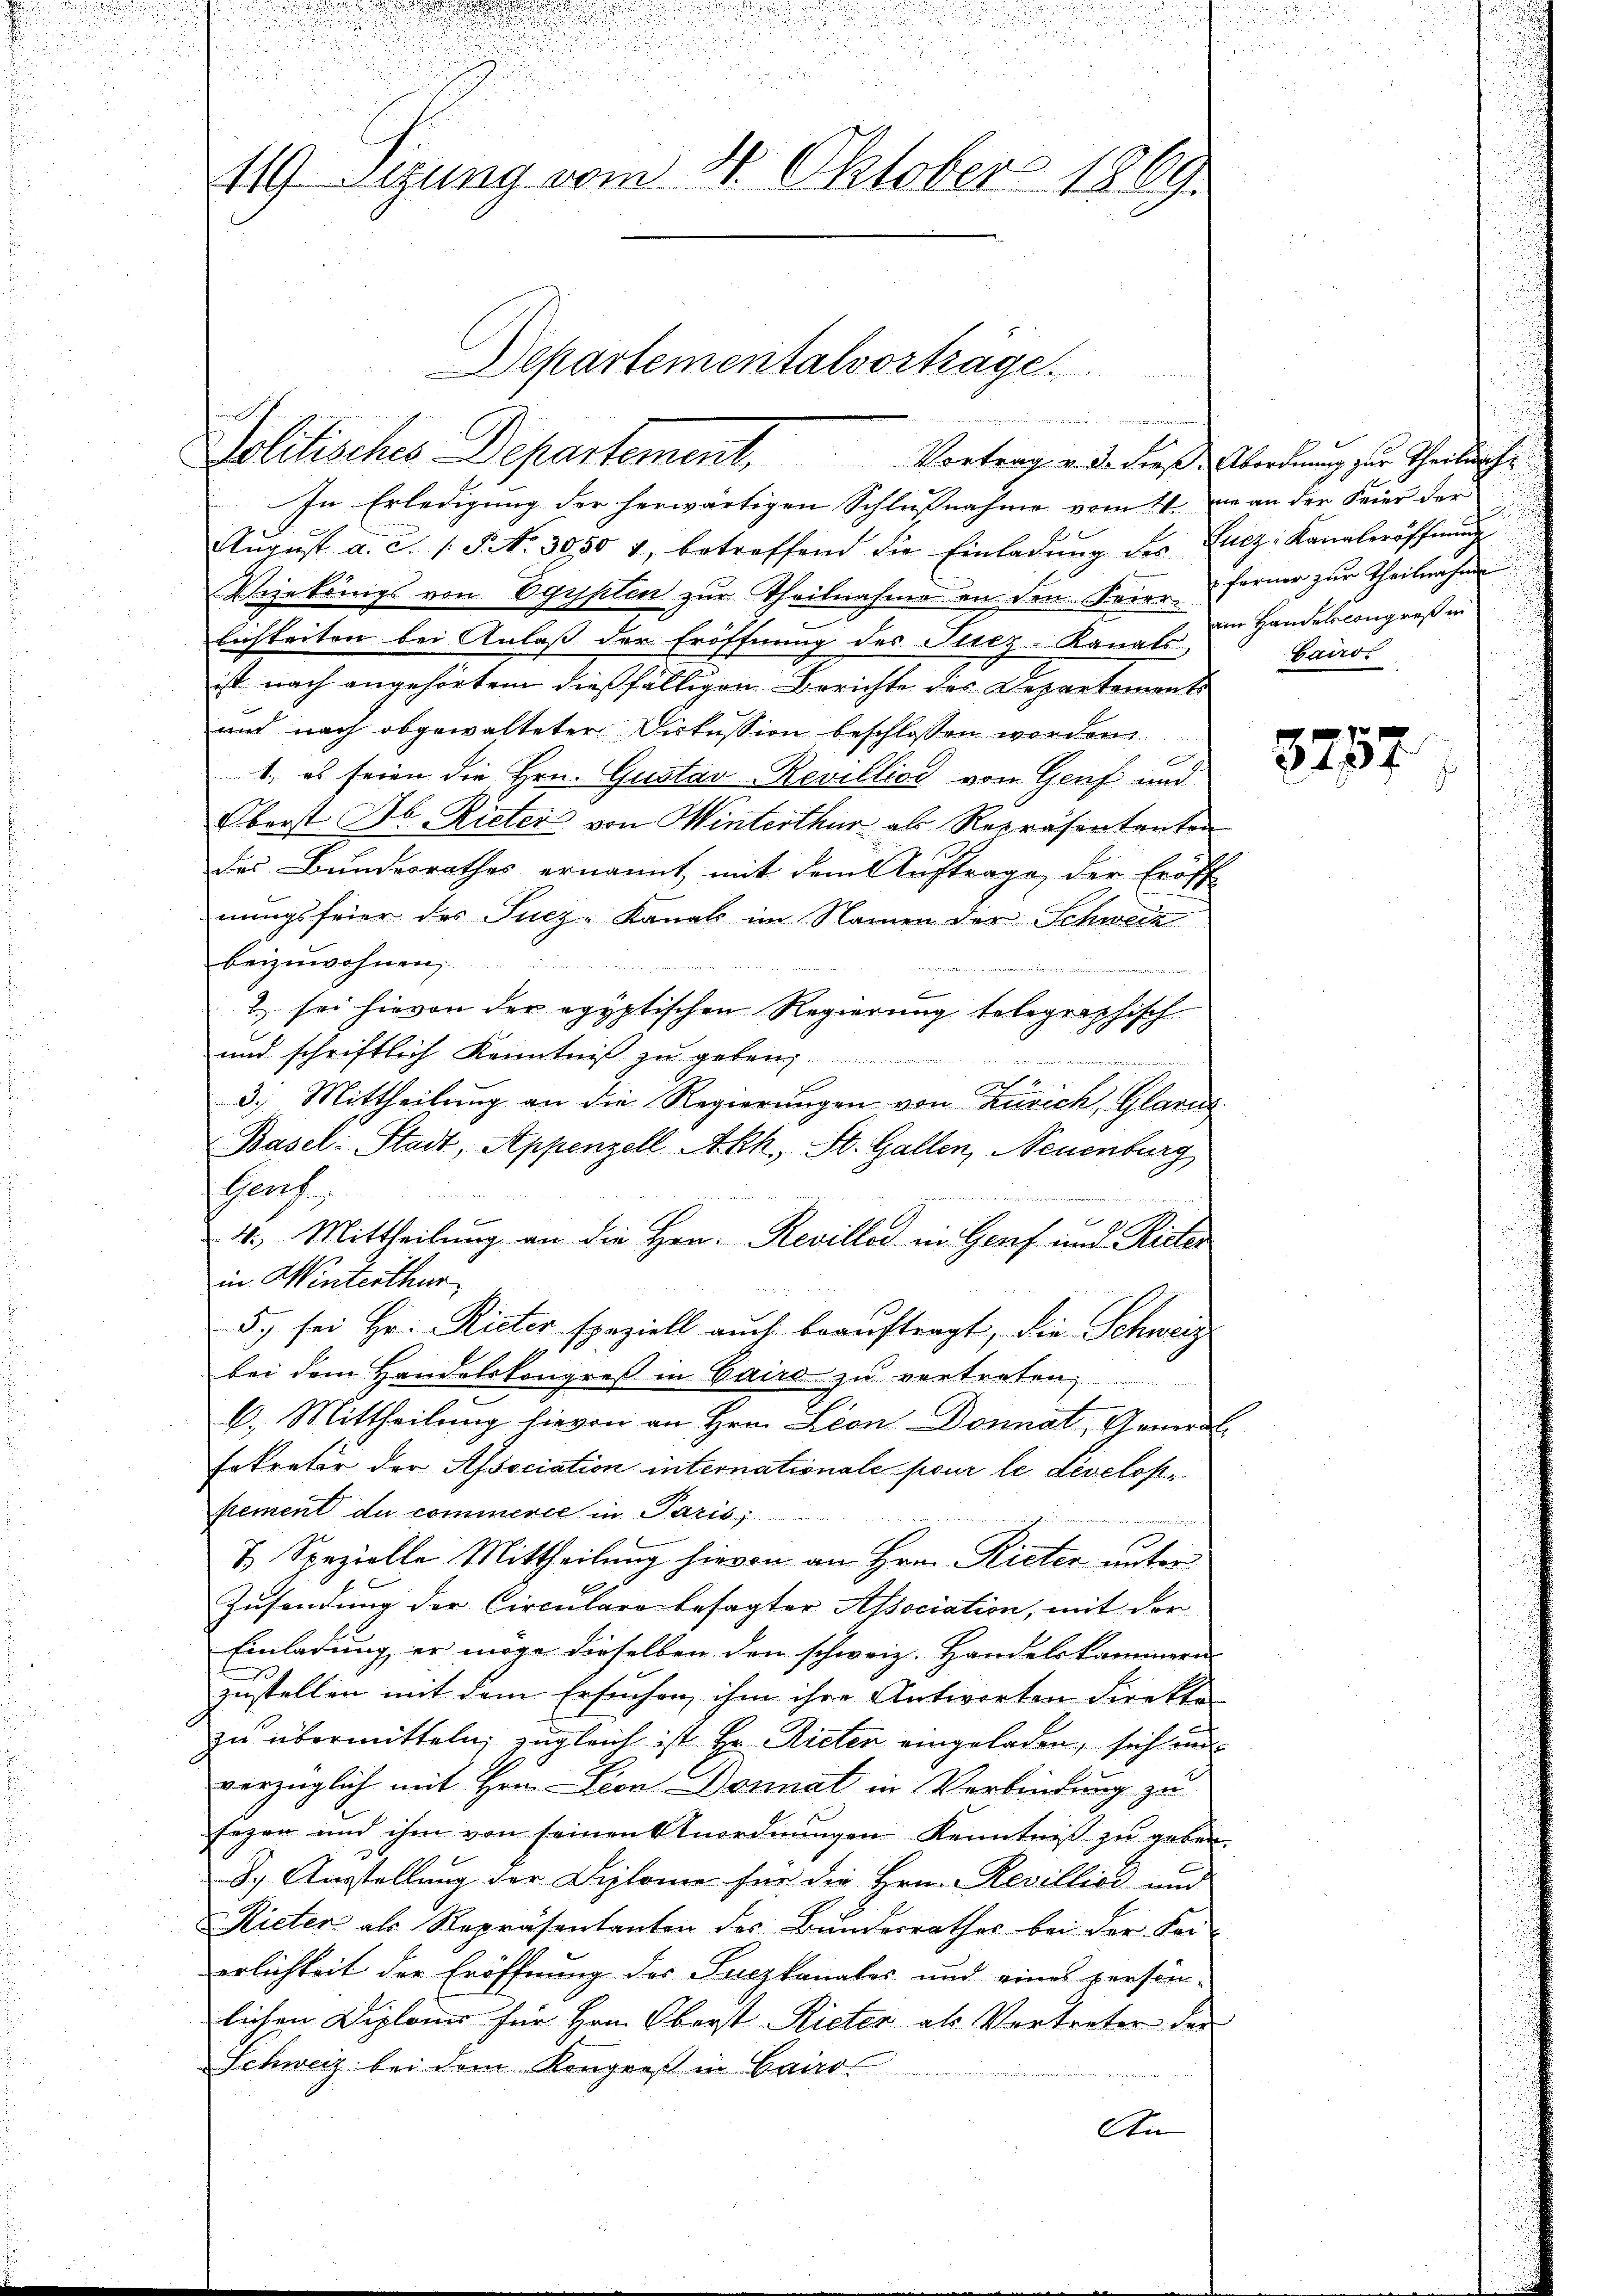
n

.

2
119 Sizung vom 20. Oktober 1869.
Departementalvorträge.
wen, der in den in den

Politisches Departement. Vortrag u. de dieß Abordnung zur Theilich

In Erledigung der herwärtigen Schlußnahme vom 11. Da an der Feier der
Aŭgŭst a. c. s. S. 3050 4, betreffend die Einladŭng des Lucz-Kanaleröffnŭng
Veekönigs von Egypten zur Theilnahme an den Feier ferner zur Theilnahme
lichkeiten bei Anlass der Eröffnung des Sucz-Kanal im Handelscongreß in
ist nach angehörtem dießfälligen Berichte des Departemonts
aud nach abgewalteter Diskussion beschlossen worden
E
1., es seien die Hrn. Gustav-Revilliod von Genf und
Oberst Jb. Rieters von Winterthur als Repräsentanten
das Bundesrathes ernannt mit dem Auftrage der Eröff
nungsfeier des Sucz-Kanals im Namen der Schweiz
beizuwohnen,
2. sei hievon der egyptischen Regierung telegraphisch
und schriftlich Kenntniß zu geben,
21fr.

3.) Mittheilung an die Regierungen von Zürich, Glarus
Basel: Stadt, Appenzell Akh, St. Gallen, Neuenburg
sproch
4., Mittheilung an die Hrn. Revilles in Genf und Rieter
in Winterthur
5. sei Hr. Rieter speziell auch beauftragt, die Schweiz
.
bei dem Handelskongres in Cairo zu vertreten,
6. Mittheilung hievon an Hrn. Lion Donnat, General
Ertreter der Association internationale pour le Levelofpement du commerce in Paris,
inne
& Spezielle Mittheilung hievon an Hrn. Rieter unter
Zusendung der Circulare besagter Association, mit der
Einladung er möge dieselben den schweiz. Handelskammern
zustellen mit dem Ersuchen ihm ihre Antworten direkte
zu übermitteln, zugleich ist Hr. Rieten eingeladen, sich un
verzüglich mit Hrn. Lion Donnat in Verbindung zu
sagen und ihm von seinen Anordnŭngen Kenntniβ zŭ geben.
S. Ausstellung der Diplome für die Hrn. Revilligt und
Rieter als Repräsentanten des Bunderrathes bei der Kei-
erlichkeit der Eröffnung des Suczkanales und eines persön-
lichen Diploms für Hrn. Oberst Rieter als Vortreter der
Schweiz bei dem Kongreß in Cairo
An

i
Cairol

3257.